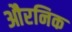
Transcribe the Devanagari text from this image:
औरनिक